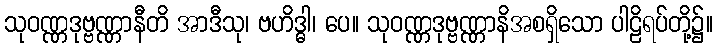
သုဝဏ္ဏဒုဗ္ဗဏ္ဏာနီတိ အာဒီသု၊ ဗဟိဒ္ဓါ၊ ပေ။ သုဝဏ္ဏဒုဗ္ဗဏ္ဏာနိအစရှိသော ပါဠိရပ်တို့၌။